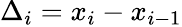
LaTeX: \Delta_{i}=x_{i}-x_{i-1}